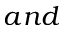
a n d